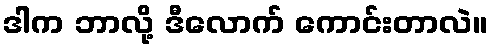
ဒါက ဘာလို့ ဒီလောက် ကောင်းတာလဲ။